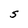
Character: S